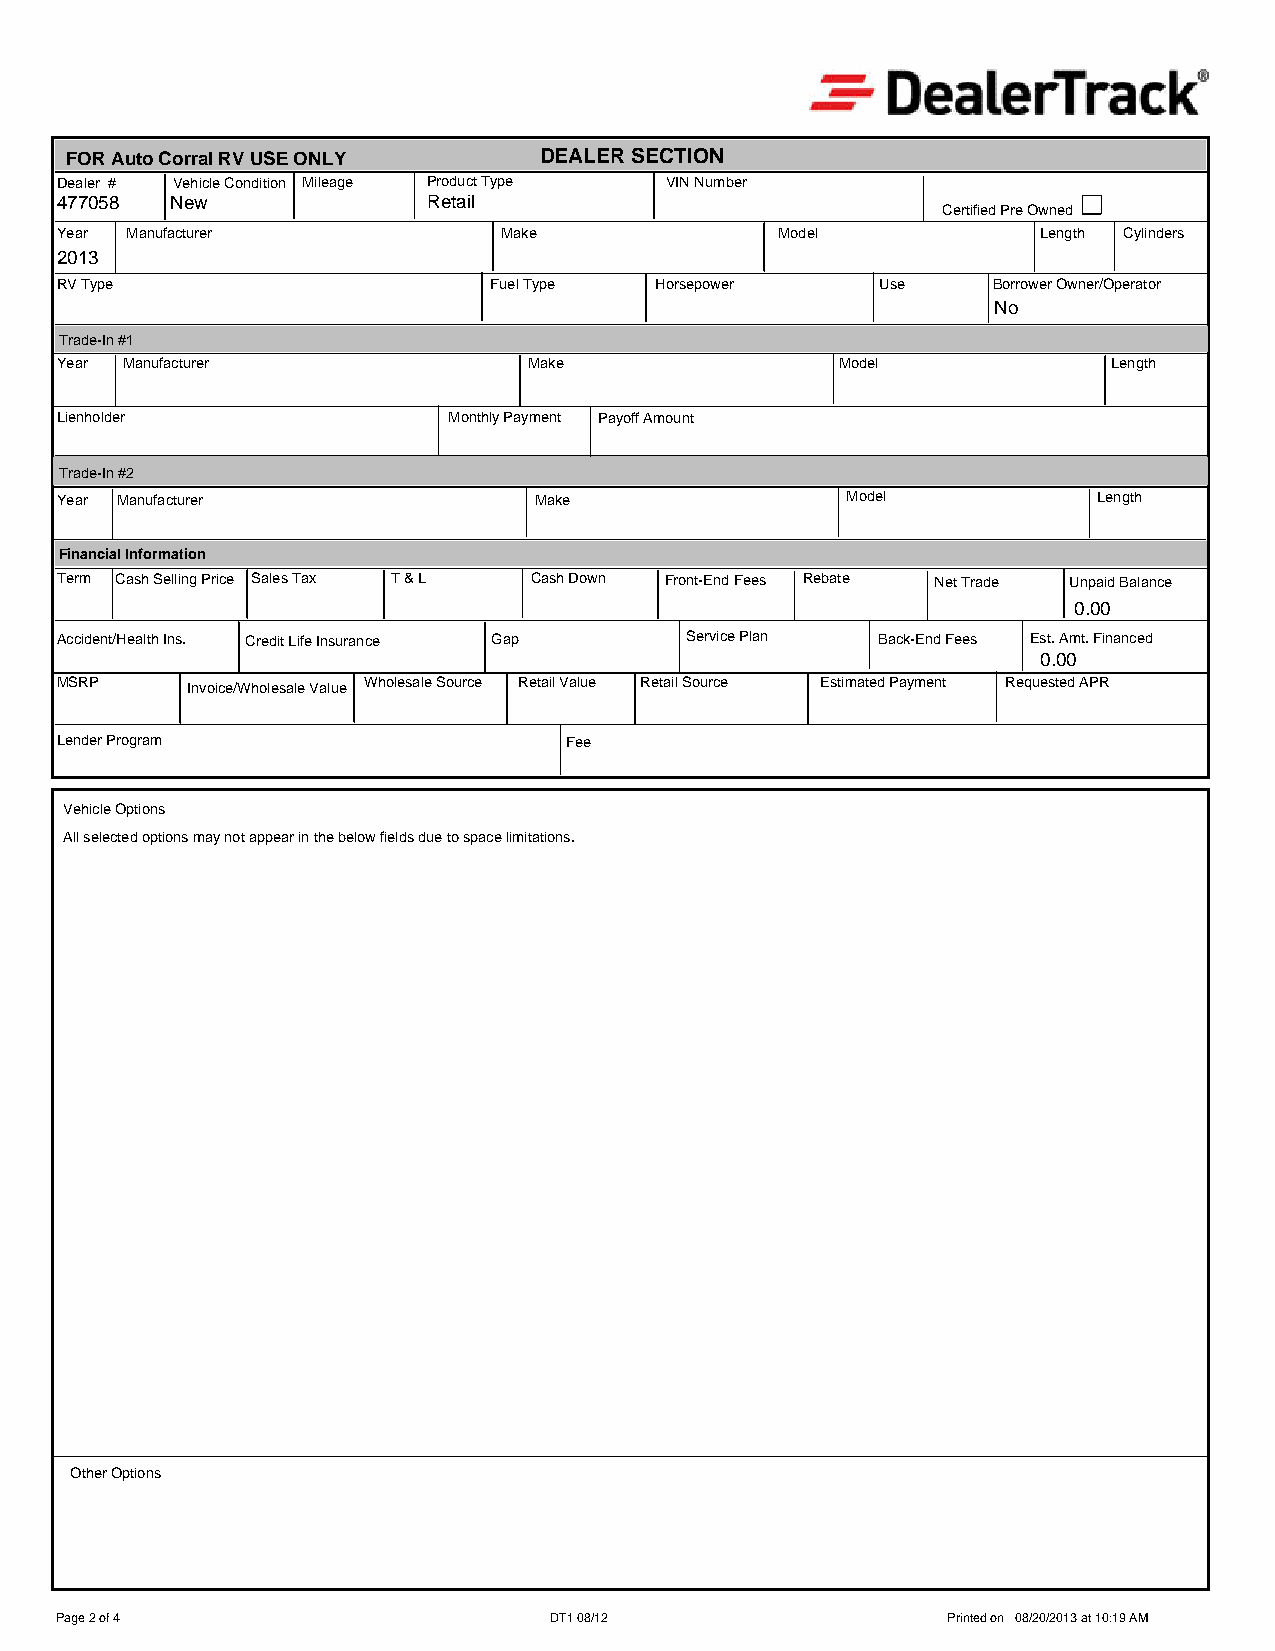
FOR Auto Corral RV USE ONLY     DEALER SECTION
 Dealer # Vehicle Condition Mileage Product Type VIN Number
 477058 New              Retail
 Certified Pre Owned
 Year Manufacturer            Make               Model            Length Cylinders
 2013
 RV Type                     Fuel Type  Horsepower     Use     Borrower Owner/Operator
 No
 Trade-In #1
 Year Manufacturer              Make                 Model             Length
 Lienholder                Monthly Payment Payoff Amount
 Trade-In #2
 Year Manufacturer              Make                 Model            Length
 Financial Information
 Term Cash Selling Price Sales Tax T & L Cash Down Front-End Fees Rebate Net Trade Unpaid Balance
 0.00
 Accident/Health Ins. Credit Life Insurance Gap Service Plan Back-End Fees Est. Amt. Financed
 0.00
 MSRP    Invoice/Wholesale Value Wholesale Source Retail Value Retail Source Estimated Payment Requested APR
 Lender Program                   Fee
 Vehicle Options
 All selected options may not appear in the below fields due to space limitations.
 Other Options
 Page 2 of 4                     DT1 08/12                  Printed on 08/20/2013 at 10:19 AM